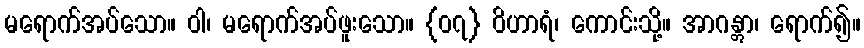
မရောက်အပ်သော။ ဝါ၊ မရောက်အပ်ဖူးသော။ {၀၇} ဝိဟာရံ၊ ကောင်းသို့။ အာဂန္တွာ၊ ရောက်၍။